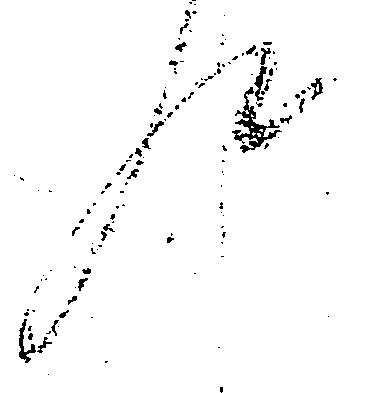
件